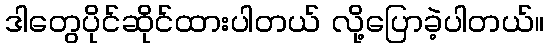
ဒါတွေပိုင်ဆိုင်ထားပါတယ် လို့ပြောခဲ့ပါတယ်။